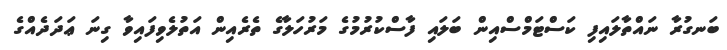
ބަނގުރާ ނައްތާލައިފި ކަސްޓަމްސްއިން ބަލައި ފާސްކުރުމުގެ މަރުހަލާގެ ތެރެއިން އަތުލެވިފައިވާ ގިނަ ޢަދަދެއްގެ